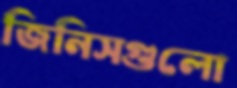
জিনিসগুলো